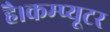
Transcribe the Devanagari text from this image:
है।कम्‍प्‍यूटर